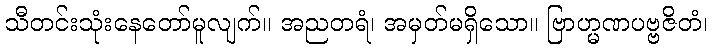
သီတင်းသုံးနေတော်မူလျက်။ အညတရံ၊ အမှတ်မရှိသော။ ဗြာဟ္မဏပဗ္ဗဇိတံ၊